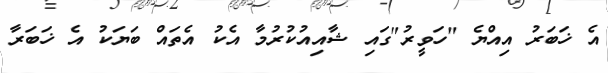
އެ ޚަބަރު އިއްޔެ "ހަވީރު"ގައި ޝާއިއުކުރުމާ އެކު އެތައް ބަޔަކު އެ ޚަބަރާ